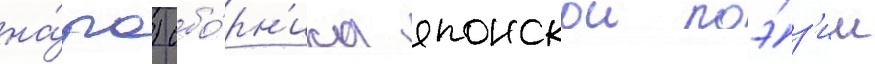
на́ра) сбо́рн'ика японскои поэ́з'ии